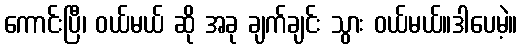
ကောင်းပြီ၊ ဝယ်မယ် ဆို အခု ချက်ချင်း သွား ဝယ်မယ်။ဒါပေမဲ့။